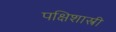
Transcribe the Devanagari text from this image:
पक्षिशास्त्री